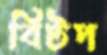
বিটপ